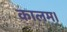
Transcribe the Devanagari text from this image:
कालम।